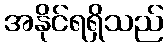
အနိုင်ရရှိသည်